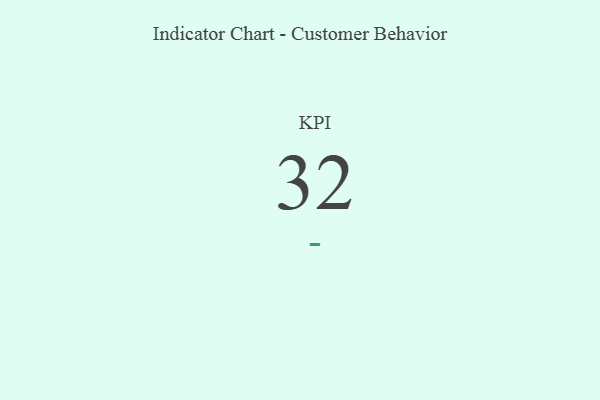
{"axis": {"x": "KPI", "y": "Value"}, "legend": [""], "data": [{"x": "KPI", "y": 32, "type": ""}]}